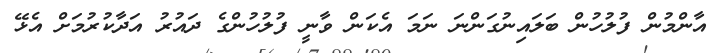
އާންމުން ފުލުހުން ބަލައިނުގަންނަ ނަމަ އެކަން ވާނީ ފުލުހުންގެ ދައުރު އަދާކުރުމަށް އެޅޭ